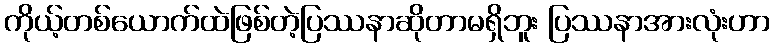
ကိုယ့်တစ်ယောက်ထဲဖြစ်တဲ့ပြဿနာဆိုတာမရှိဘူး ပြဿနာအားလုံးဟာ